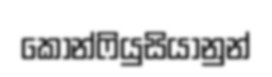
කොන්ෆියුසියානුන්